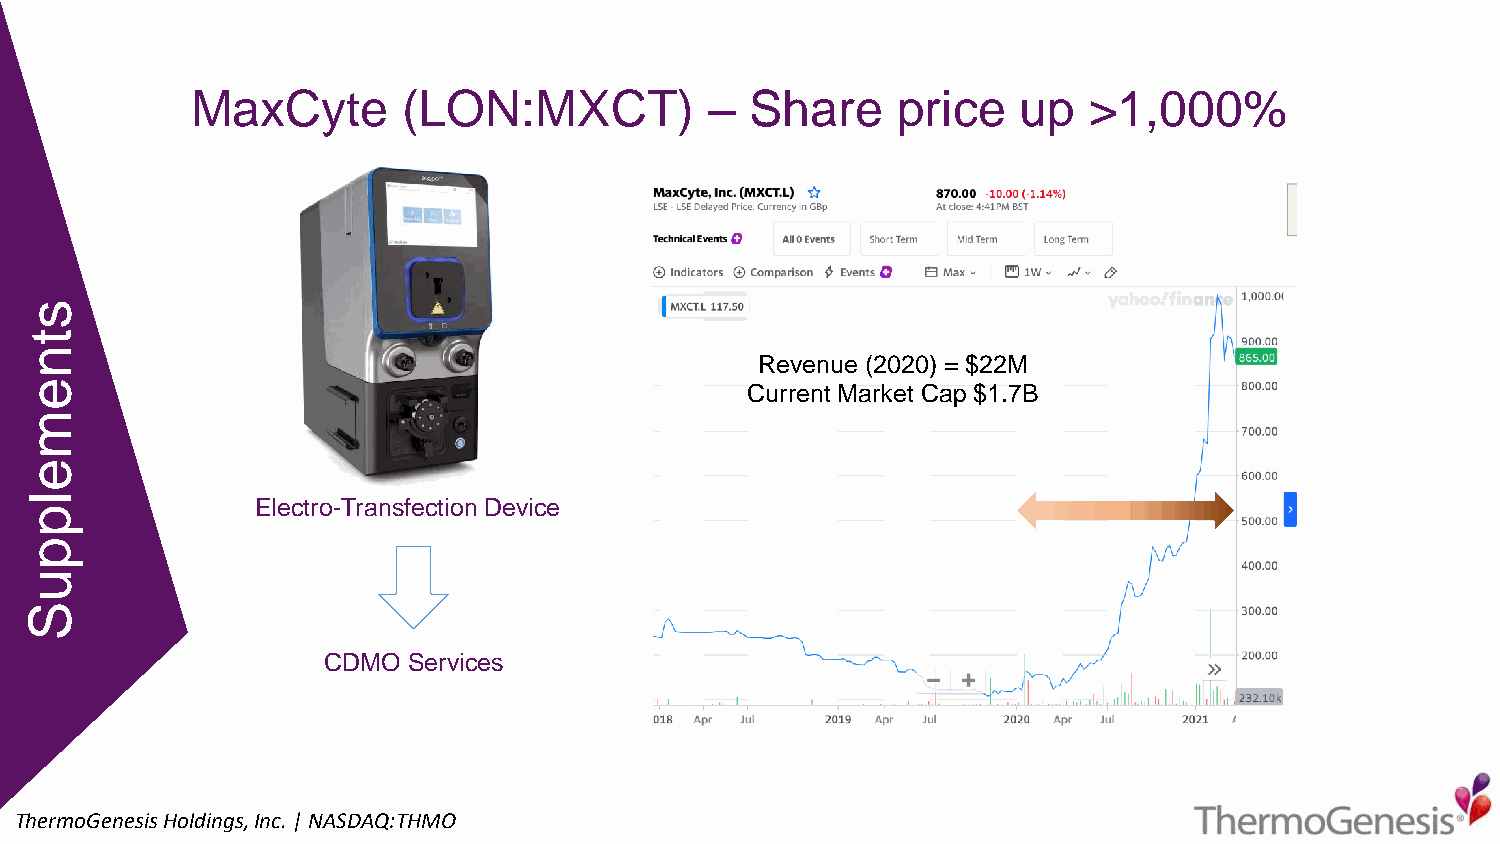
MaxCyte       (LON:MXCT)          –  Share    price   up   >1,000%
 s
 t
 n
 Revenue (2020) = $22M
 e                                              Current Market Cap $1.7B
 m
 e
 l              Electro-TransfectionDevice
 p
 p
 u
 S
 CDMO  Services
 ThermoGenesisHoldings,Inc.| NASDAQ:THMO